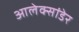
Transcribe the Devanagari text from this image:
आलेक्सांडेर